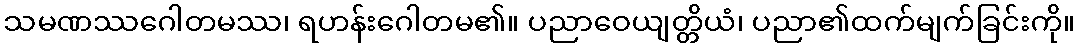
သမဏဿဂေါတမဿ၊ ရဟန်းဂေါတမ၏။ ပညာဝေယျတ္တိယံ၊ ပညာ၏ထက်မျက်ခြင်းကို။